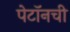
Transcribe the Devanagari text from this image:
पेटॉनची